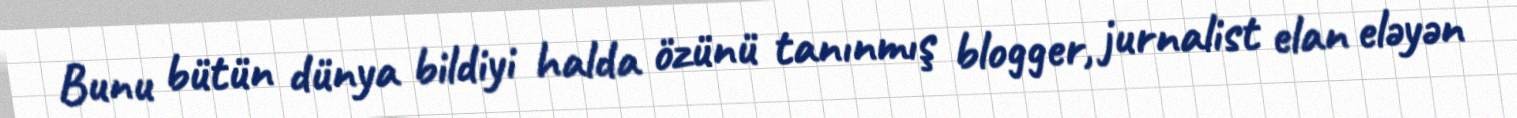
Bunu bütün dünya bildiyi halda özünü tanınmış blogger, jurnalist elan eləyən